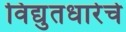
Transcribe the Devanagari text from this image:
विद्युतधारेचे